Report on the working of the Ranchi Indian Mental Hospital, Kanke, in Bihar and Orissa - 1930-1940
Year: 1930
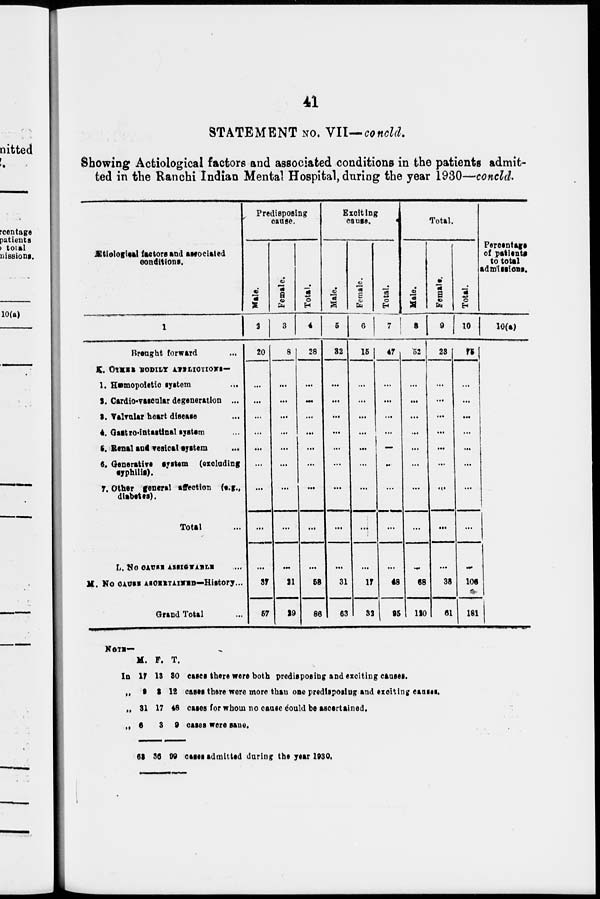
41
STATEMENT NO. VII—concld.
Showing Actiological factors and associated conditions in the patients admit-
ted in the Ranchi Indian Mental Hospital, during the year 1930—concld.
Ætiological factors and associated
conditions.
1
Brought forward ...
K. OTHER BODILY AFFLICTIONS—
1. Hæmopoietic system ...
2. Cardio-vascular degeneration ...
3. Valvular heart disease ...
4. Gastro-intestinal system ...
5. Renal and vesical system ...
6. Generative system (excluding
syphilis).
7. Other general affection (e.g.,
diabetes).
Total ...
L. NO CAUSE ASSIGNABLE ...
M. NO CAUSE ASCERTAINED—History...
Grand Total ...
Predisposing
cause.
Male.
2
20
...
...
...
...
...
...
...
...
...
37
57
Female.
3
8
...
...
...
...
...
...
...
...
...
21
29
Total.
4
28
...
...
...
...
...
...
...
...
...
58
86
Exciting
cause.
Male.
5
32
...
...
...
...
...
...
...
...
...
31
63
Female.
6
15
...
...
...
...
...
...
...
...
...
17
32
Total.
7
47
...
...
...
...
...
...
...
...
...
48
95
Total.
Male.
8
52
...
...
...
...
...
...
...
...
...
68
120
Female.
9
23
...
...
...
...
...
...
...
...
...
38
61
Total.
10
75
...
...
...
...
...
...
...
...
...
106
181
Percentage
of patients
to total
admissions.
10(a)
NOTE—
In
„
„
„
M.
17
9
31
6
63
F.
13
3
17
3
36
T.
30
12
48
9
99
cases there were both predisposing and exciting causes.
cases there were more than one predisposing and exciting causes.
cases for whom no cause could be ascertained.
cases were sane.
cases admitted during the year 1930.